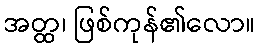
အတ္ထ၊ ဖြစ်ကုန်၏လော။